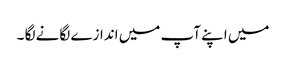
میں اپنے آپ میں اندازے لگانے لگا ۔